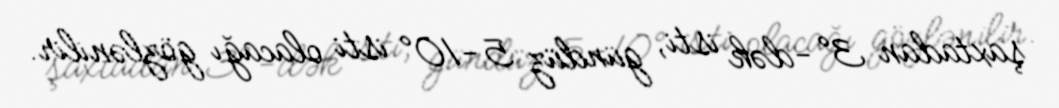
şaxtadan 3°-dək isti, gündüz 5-10° isti olacağı gözlənilir.